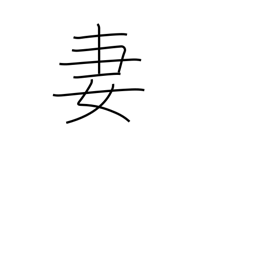
Meaning: wife